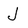
Character: J